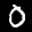
Label: 0